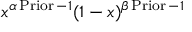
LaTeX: x ^ { \alpha \operatorname { P r i o r } - 1 } ( 1 - x ) ^ { \beta \operatorname { P r i o r } - 1 }